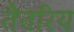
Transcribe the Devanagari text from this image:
तैतरिय